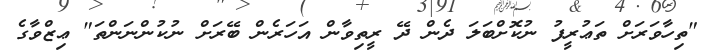
"ތިހާވަރަށް ތަޢުރީފު ނުކޮށްބަލަ ދެން ދޭ ރީތިވާން އަހަރެން ބޭރަށް ނުކުންނަންތަ" ޢިޒްވާގެ